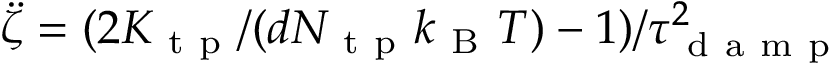
\ddot { \zeta } = ( 2 K _ { \mathrm { ~ t ~ p ~ } } / ( d N _ { \mathrm { ~ t ~ p ~ } } k _ { \mathrm { ~ B ~ } } T ) - 1 ) / \tau _ { \mathrm { ~ d ~ a ~ m ~ p ~ } } ^ { 2 }